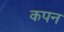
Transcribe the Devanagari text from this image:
कपन